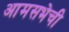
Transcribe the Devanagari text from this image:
आमसभेची